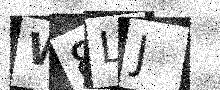
Text: W8LJ